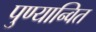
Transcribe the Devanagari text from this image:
पुण्यान्वित